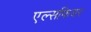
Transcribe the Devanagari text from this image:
एल्सफियर